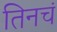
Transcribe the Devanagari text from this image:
तिनचं